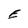
Character: E